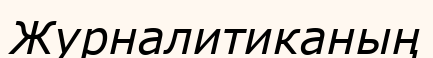
Журналитиканың